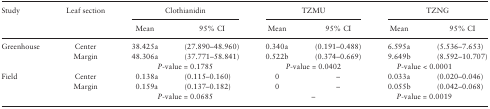
| <ROWSPAN=2> Study | <ROWSPAN=2> Leaf section | <COLSPAN=2> Clothianidin | <COLSPAN=2> TZMU | <COLSPAN=2> TZNG |
 | Mean | 95% CI | Mean | 95% CI | Mean | 95% CI |
 | --- | --- | --- | --- | --- | --- | --- | --- |
 | <ROWSPAN=3> Greenhouse | Center | 38.425a | (27.890–48.960) | 0.340a | (0.191–0.488) | 6.595a | (5.536–7.653) |
 | Margin | 48.306a | (37.771–58.841) | 0.522b | (0.374–0.669) | 9.649b | (8.592–10.707) |
 |  | <COLSPAN=2> P-value = 0.1785 | <COLSPAN=2> P-value = 0.0402 | <COLSPAN=2> P-value < 0.0001 |
 | <ROWSPAN=3> Field | Center | 0.138a | (0.115–0.160) | 0 | – | 0.033a | (0.020–0.046) |
 | Margin | 0.159a | (0.137–0.182) | 0 | – | 0.055b | (0.042–0.068) |
 |  | <COLSPAN=2> P-value = 0.0685 | <COLSPAN=2> – | <COLSPAN=2> P-value = 0.0019 |